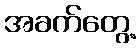
အခက်တွေ့